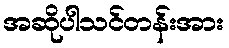
အဆိုပါသင်တန်းအား